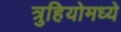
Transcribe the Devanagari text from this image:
त्रुहियोमध्ये